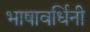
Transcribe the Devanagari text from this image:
भाषावर्धिनी